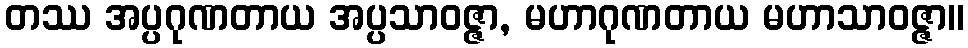
တဿ အပ္ပဂုဏတာယ အပ္ပသာဝဇ္ဇာ, မဟာဂုဏတာယ မဟာသာဝဇ္ဇာ။